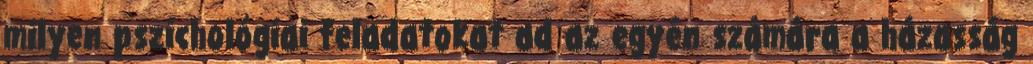
milyen pszichológiai feladatokat ad az egyén számára a házasság